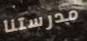
مدرستنا